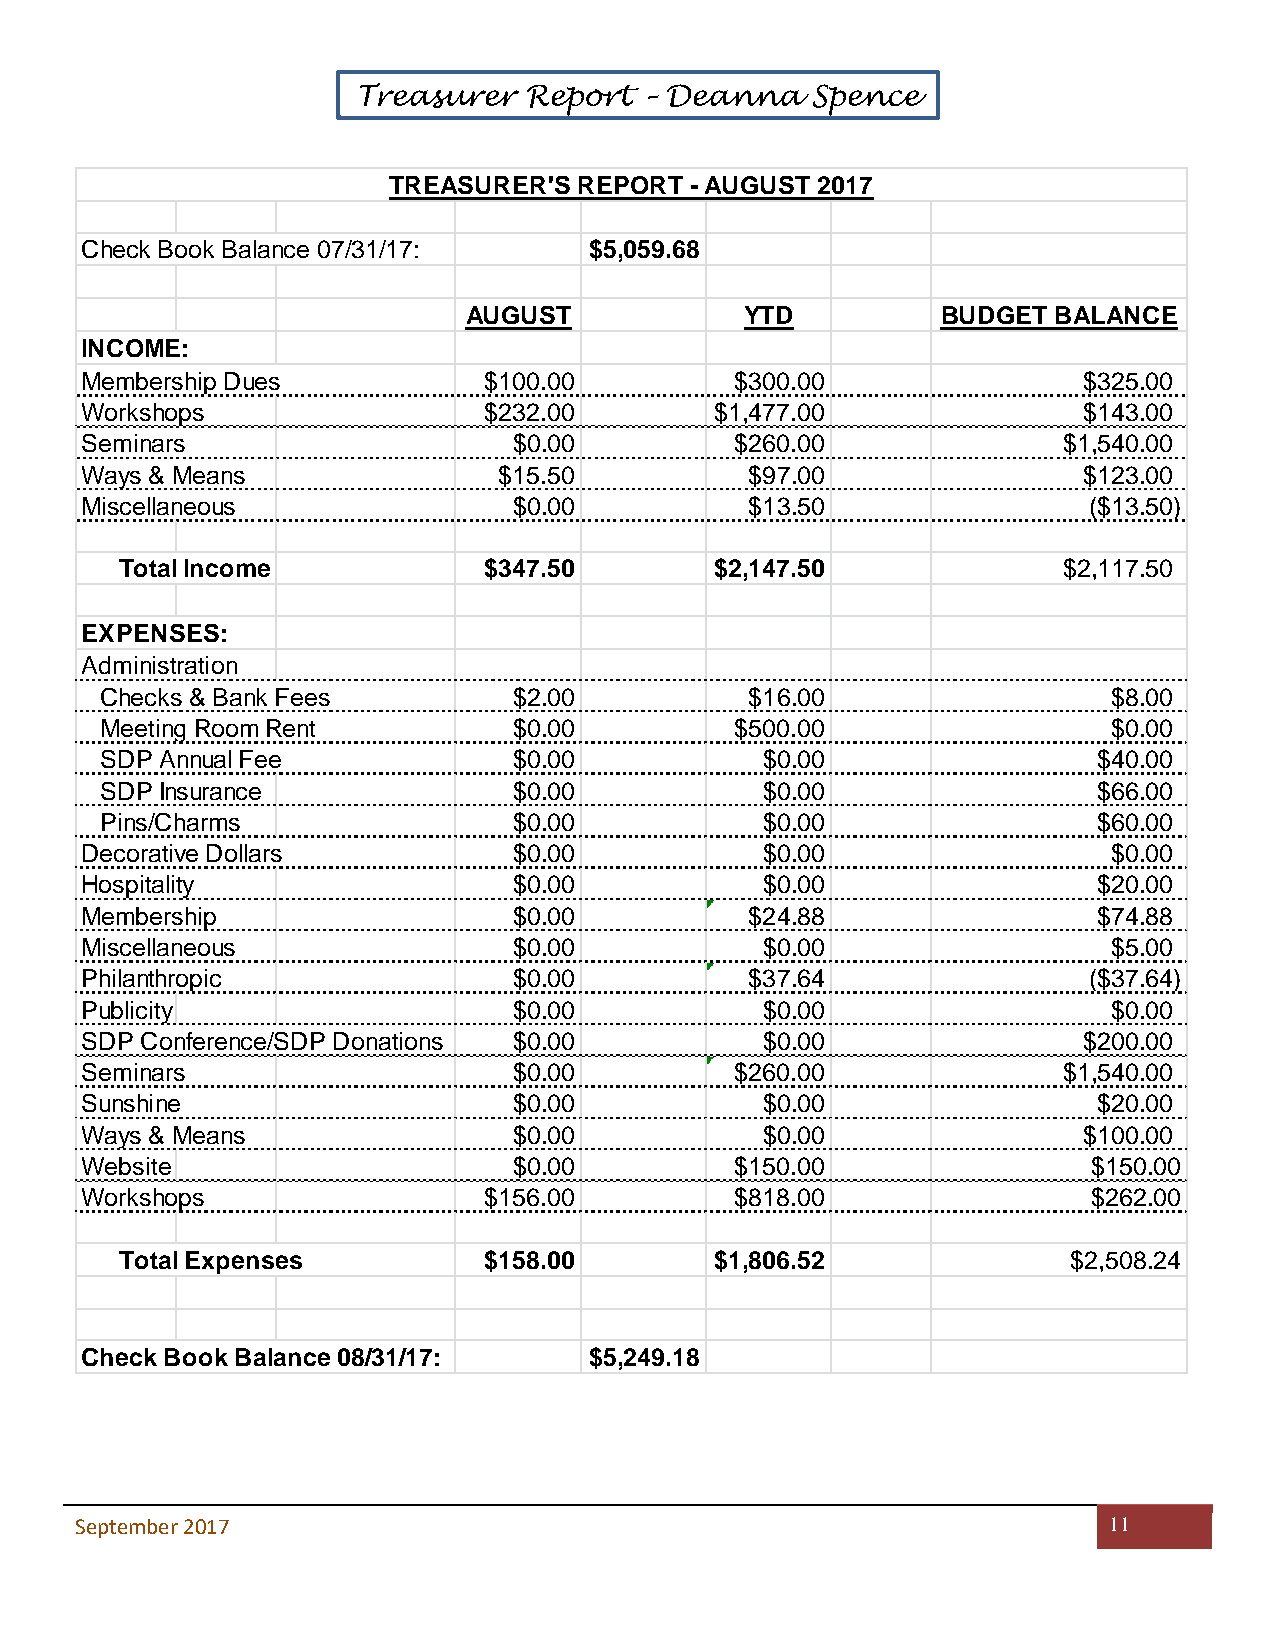
Treasurer  Report – Deanna    Spence
 TREASURER'S REPORT  - AUGUST 2017
 Check Book Balance 07/31/17:      $5,059.68
 AUGUST            YTD          BUDGET  BALANCE
 INCOME:
 Membership Dues            $100.00          $300.00                $325.00
 Workshops                  $232.00        $1,477.00                $143.00
 Seminars                     $0.00          $260.00              $1,540.00
 Ways & Means                $15.50           $97.00                $123.00
 Miscellaneous                $0.00           $13.50                ($13.50)
 Total Income            $347.50        $2,147.50              $2,117.50
 EXPENSES:
 Administration
 Checks & Bank Fees         $2.00           $16.00                  $8.00
 Meeting Room Rent          $0.00          $500.00                  $0.00
 SDP Annual Fee             $0.00           $0.00                  $40.00
 SDP Insurance              $0.00           $0.00                  $66.00
 Pins/Charms                $0.00           $0.00                  $60.00
 Decorative Dollars           $0.00           $0.00                   $0.00
 Hospitality                  $0.00           $0.00                  $20.00
 Membership                   $0.00           $24.88                 $74.88
 Miscellaneous                $0.00           $0.00                   $5.00
 Philanthropic                $0.00           $37.64                ($37.64)
 Publicity                    $0.00           $0.00                   $0.00
 SDP Conference/SDP Donations $0.00           $0.00                 $200.00
 Seminars                     $0.00          $260.00              $1,540.00
 Sunshine                     $0.00           $0.00                  $20.00
 Ways & Means                 $0.00           $0.00                 $100.00
 Website                      $0.00          $150.00                $150.00
 Workshops                  $156.00          $818.00                $262.00
 Total Expenses          $158.00        $1,806.52               $2,508.24
 Check Book Balance 08/31/17:      $5,249.18
 September 2017                                                      11